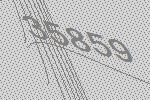
35859